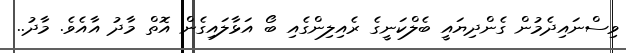
ވިސްނައިދެމުން ގެންދިޔައީ ބެލްކަނީގެ ރެއިލިންގެއި ބޯ އަޅާލައިގެން އޮތް މާދު އާއެވެ. މާދު..